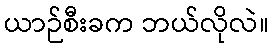
ယာဉ်စီးခက ဘယ်လိုလဲ။